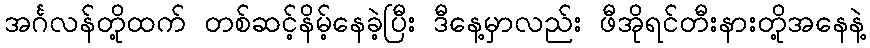
အင်္ဂလန်တို့ထက် တစ်ဆင့်နိမ့်နေခဲ့ပြီး ဒီနေ့မှာလည်း ဖီအိုရင်တီးနားတို့အနေနဲ့